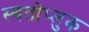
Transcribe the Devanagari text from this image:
स्वतोप्लुक